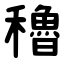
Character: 穭